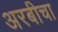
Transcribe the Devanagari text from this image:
अरबीचा